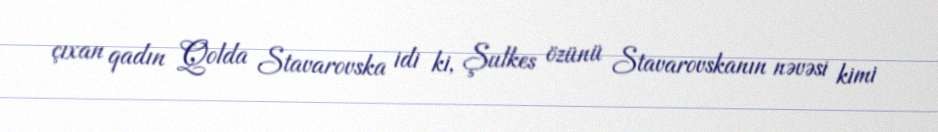
çıxan qadın Qolda Stavarovska idi ki, Şulkes özünü Stavarovskanın nəvəsi kimi